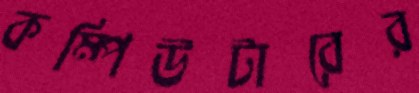
কম্পিউটারের